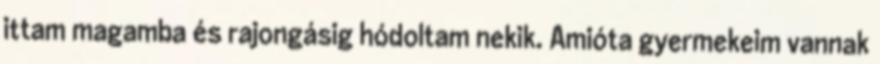
ittam magamba és rajongásig hódoltam nekik. Amióta gyermekeim vannak